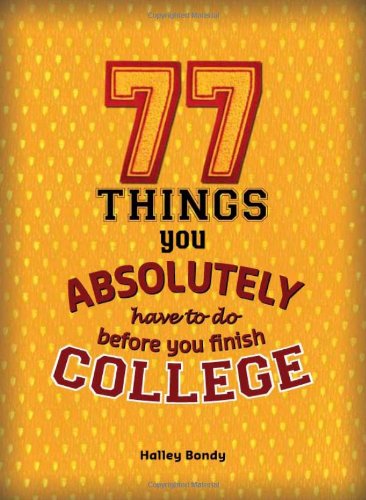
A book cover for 77 Things You Absolutely Have to Do Before You Finish College; Halley Bondy; Teen & Young Adult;